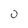
Character: 0